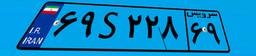
۴۶S۷۶۲۴۷